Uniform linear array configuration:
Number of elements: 24
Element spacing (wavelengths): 0.5
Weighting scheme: uniform
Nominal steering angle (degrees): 15
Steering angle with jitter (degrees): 14.221
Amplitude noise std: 0.05
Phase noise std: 0.05

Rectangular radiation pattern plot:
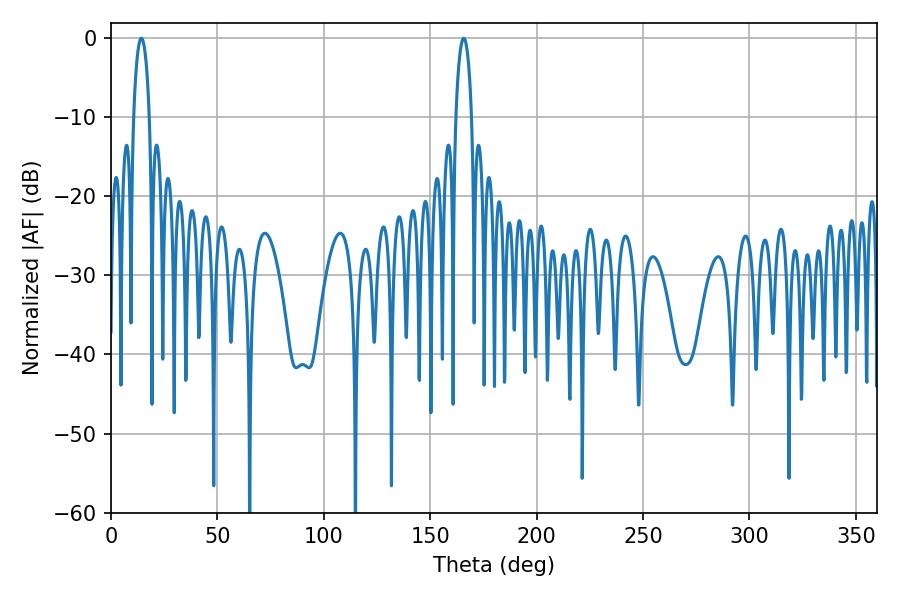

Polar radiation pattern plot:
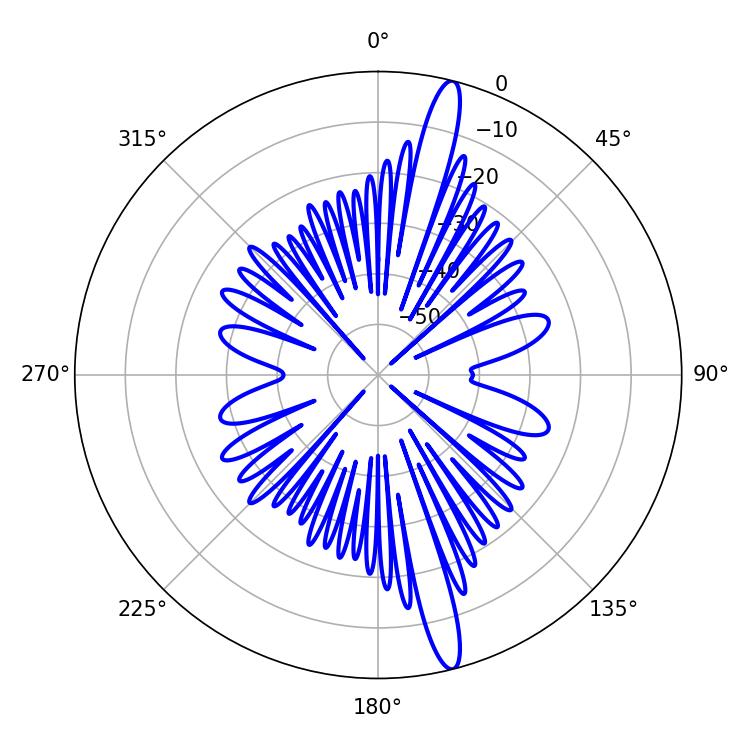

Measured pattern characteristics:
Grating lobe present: FALSE
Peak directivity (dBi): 16.805
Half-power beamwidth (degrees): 4.14
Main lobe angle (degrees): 14.22